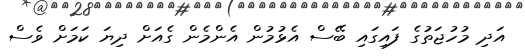
އަދި މުހުޖަތުގެ ފައިގައި ބޭސް އެޅުމުން އެންމެން ގެއަށް ދިޔަ ކަމަށް ވެސް